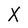
Character: X